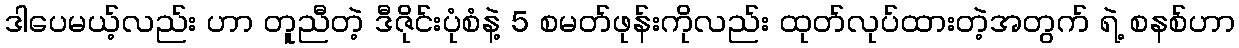
ဒါပေမယ့်လည်း ဟာ တူညီတဲ့ ဒီဇိုင်းပုံစံနဲ့ 5 စမတ်ဖုန်းကိုလည်း ထုတ်လုပ်ထားတဲ့အတွက် ရဲ့ စနစ်ဟာ